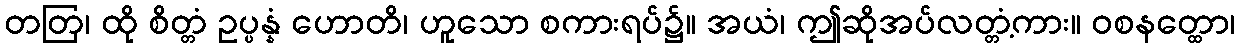
တတြ၊ ထို စိတ္တံ ဥပ္ပန္နံ ဟောတိ၊ ဟူသော စကားရပ်၌။ အယံ၊ ဤဆိုအပ်လတ္တံ့ကား။ ဝစနတ္ထော၊